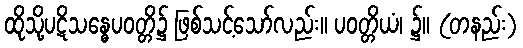
ထိုသို့ပဋိသန္ဓေပဝတ္တိ၌ ဖြစ်သင့်သော်လည်း။ ပဝတ္တိယံ၊ ၌။ (တနည်း)